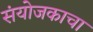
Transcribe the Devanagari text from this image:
संयोजकाचा